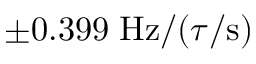
\pm 0 . 3 9 9 \; \mathrm { H z } / ( \tau / \mathrm { s } )